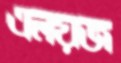
এলয়জ